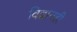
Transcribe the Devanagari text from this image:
विद्वानही